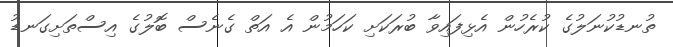
ތުނޑުކުނަލުގެ ކުރެހުން އެޅިފައިވާ ބުރަކަށި ކަހަމުން އެ އަތް ގެނެސް ބޮލުގެ އިސްތަށިގަނޑު